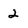
Character: 2